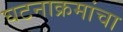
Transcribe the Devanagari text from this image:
घटनाक्रमांचा